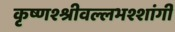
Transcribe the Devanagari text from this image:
कृष्णश्श्रीवल्लभश्शांर्गी